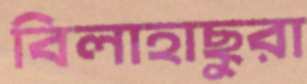
বিলাহাছুরা